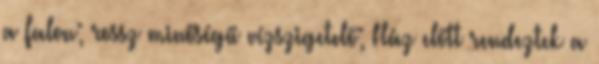
a falon; rossz minőségű vízszigetelő; Ház előtt rendeztek a